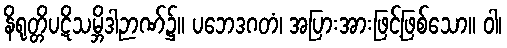
နိရုတ္တိပဋိသမ္ဘိဒါဉာဏ်၌။ ပဘေဒဂတံ၊ အပြားအားဖြင့်ဖြစ်သော။ ဝါ၊